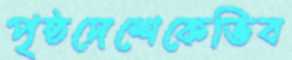
পৃষ্ঠদেশেকেভিব